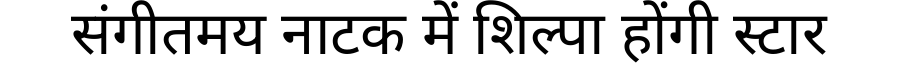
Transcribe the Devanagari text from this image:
संगीतमय नाटक में शिल्पा होंगी स्टार